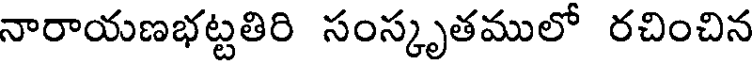
నారాయణభట్టతిరి సంస్కృతములో రచించిన